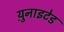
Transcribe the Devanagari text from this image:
य़ुनाइटेड